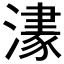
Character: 𱩀